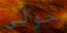
حولى